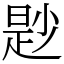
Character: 尟